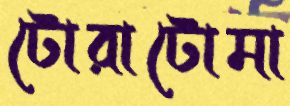
টোরাটোমা